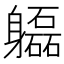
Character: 𨊚